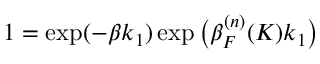
1 = \exp ( - \beta k _ { 1 } ) \exp \big ( \beta _ { F } ^ { ( n ) } ( K ) k _ { 1 } \big )